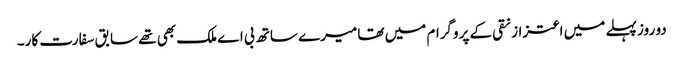
دو روز پہلے میں اعتزاز نقی کے پروگرام میں تھا میرے ساتھ بی اے ملک بھی تھے سابق سفارت کار۔